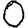
Digit: 0